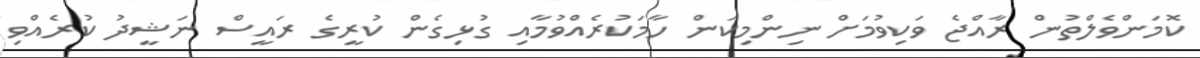
ކޮމަންވެލްތުން ރާއްޖެ ވަކިވުމަށް ނިންމިކަން ހާމަކުރެއްވުމާއި ގުޅިގެން ކުރީގެ ރައީސް ނަޝީދު ކުރެއްވި